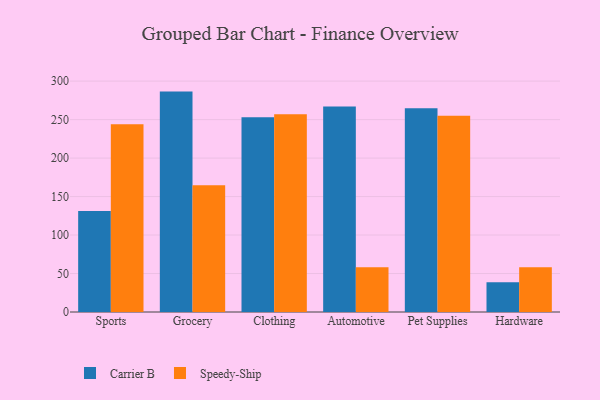
{"axis": {"x": "Category", "y": "Population (Million)"}, "legend": ["Carrier B", "Speedy-Ship"], "data": [{"x": "Sports", "y": 131.3, "type": "Carrier B"}, {"x": "Sports", "y": 244.0, "type": "Speedy-Ship"}, {"x": "Grocery", "y": 286.4, "type": "Carrier B"}, {"x": "Grocery", "y": 164.8, "type": "Speedy-Ship"}, {"x": "Clothing", "y": 253.0, "type": "Carrier B"}, {"x": "Clothing", "y": 257.0, "type": "Speedy-Ship"}, {"x": "Automotive", "y": 266.9, "type": "Carrier B"}, {"x": "Automotive", "y": 58.0, "type": "Speedy-Ship"}, {"x": "Pet Supplies", "y": 264.9, "type": "Carrier B"}, {"x": "Pet Supplies", "y": 255.0, "type": "Speedy-Ship"}, {"x": "Hardware", "y": 38.6, "type": "Carrier B"}, {"x": "Hardware", "y": 58.2, "type": "Speedy-Ship"}]}